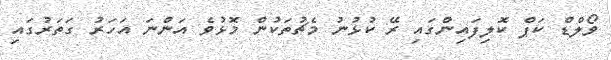
ވޯލްޑް ކަޕް ކޮލިފައިންގައި ރޭ ކުޅުނު މެޗުތަކުން މޮޅުވެ އަންނަ އަހަރު ގަތަރުގައި